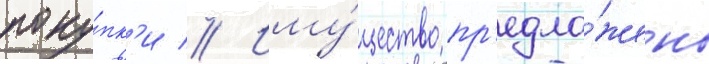
поку́пк'и // Иму́щество пр'едло́жено